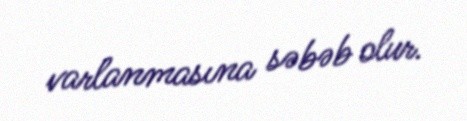
varlanmasına səbəb olur.